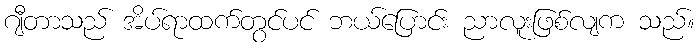
ဂျီတာသည် အိပ်ရာထက်တွင်ပင် ဘယ်ပြောင်း ညာလူးဖြစ်လျက သည်။